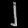
Digit: ၂